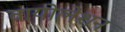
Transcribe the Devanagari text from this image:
वायोलेशन